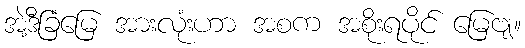
အဲ့ဒီခြံမြေ အားလုံးဟာ အစက အစိုးရပိုင် မြေဗျ။